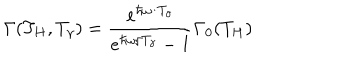
\Gamma ( T _ { H } , T _ { \gamma } ) = { \frac { e ^ { \hbar \omega / T _ { \gamma } } } { e ^ { \hbar \omega / T _ { \gamma } } - 1 } } \Gamma _ { 0 } ( T _ { H } )